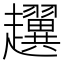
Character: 𧾰